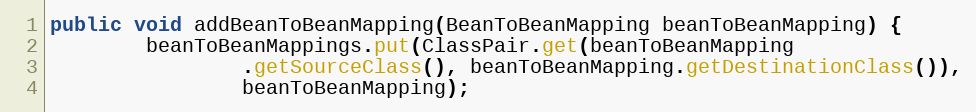
Language: Java
public void addBeanToBeanMapping(BeanToBeanMapping beanToBeanMapping) {
		beanToBeanMappings.put(ClassPair.get(beanToBeanMapping
				.getSourceClass(), beanToBeanMapping.getDestinationClass()),
				beanToBeanMapping);